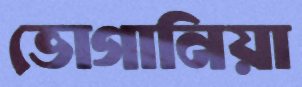
ভোগানিয়া